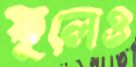
ফুলেও